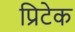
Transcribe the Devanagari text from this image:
प्रिटेक